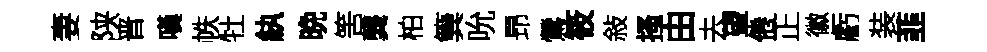
妻陕晋嘆帙牡紈晩筈龔柏簨吮昻鶯筱敍搔由去望倦正徽虧装韮